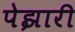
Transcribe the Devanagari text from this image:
पेझारी